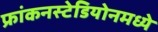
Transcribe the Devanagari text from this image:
फ्रांकनस्टेडियोनमध्ये